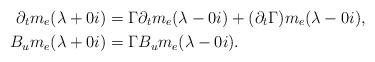
LaTeX: \begin{align*}\partial_tm_e(\lambda+0i)&=\Gamma\partial_t m_e(\lambda-0i)+(\partial_t\Gamma )m_e(\lambda-0i),\\B_u m_e(\lambda+0i)&=\Gamma B_u m_e(\lambda-0i).\end{align*}